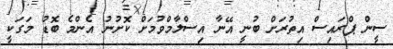
ސީން ޕްރައިސް އިތުރަަށް ބުނީ އޭނާ އިސްލާމްވުމަށް ކޮށުނު އެންމެ ބޮޑު މަގަކީ